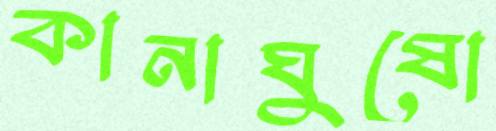
কানাঘুষো